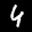
Digit: 4